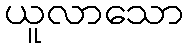
ယူလာသော